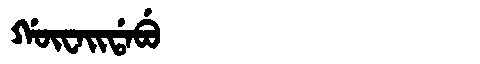
Manchu: ᡤᡡᠸᠠᡳᡩᠠᠪᡠ
Romanization: GŪWAIDABU